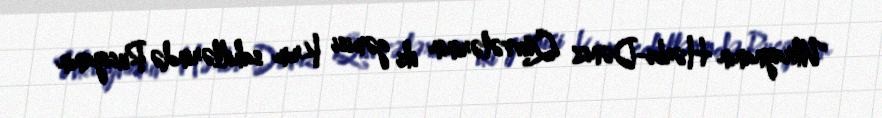
Ukraynanın Hərbi-Dəniz Qüvvələrinin iki gəmisi Krım sahillərində Rusiyanın